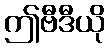
ဤဗီဒီယို